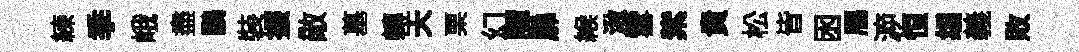
練季峨盡鸝裝振敵墓轉天栗幻譚扉緱湫雪紫貴松皆囦鴈㴑恒编義敗